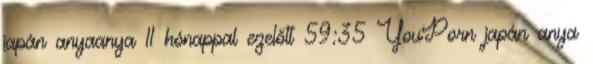
japán anyaanya 11 hónappal ezelőtt 59:35 YouPorn japán anya